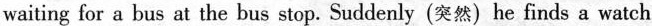
waiting for a bus at the bus stop. Suddenly (突然) he finds a watch